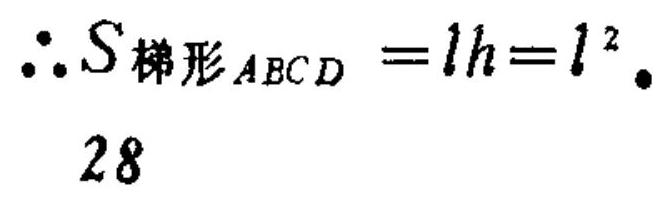
\(\therefore S_{梯形ABCD}=lh = l^{2}\).
28